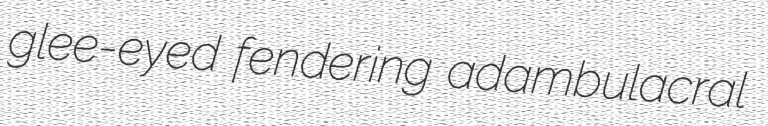
glee-eyed fendering adambulacral